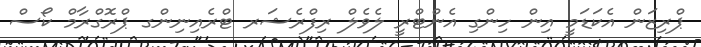
ޕްރިޒަން އެކަޑަމީ އިން ހިންގި އެންޓްރީ ލެވެލް ރިފްރެޝަރ ޓްރެއިނިންގ ޕްރޮގްރާމް ކޯސް